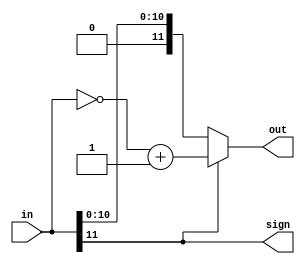
`timescale 1ns / 1ps

module twos_to_sign_mag(in, out, sign);
input [11:0] in;
output [11:0] out;
output sign;
assign sign = in[11];

assign out = (in[11] == 1) ? ~in + 1'b1 : in;

endmodule